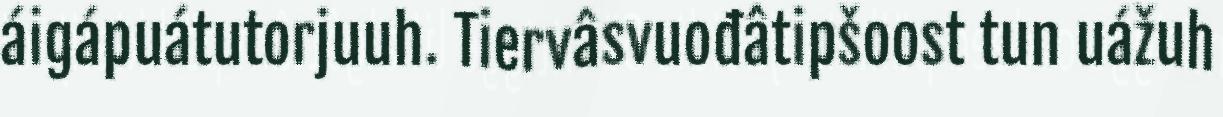
áigápuátutorjuuh. Tiervâsvuođâtipšoost tun uážuh